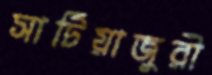
সাটিয়াজুরী